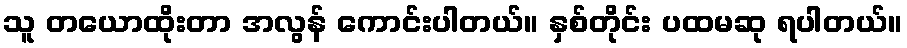
သူ တယောထိုးတာ အလွန် ကောင်းပါတယ်။ နှစ်တိုင်း ပထမဆု ရပါတယ်။